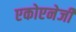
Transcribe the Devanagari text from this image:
एकोएनेर्जी